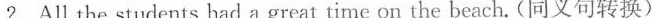
2.All the students had a great time on the beach.(同义句转换)